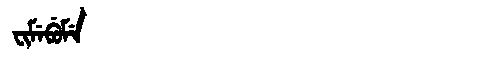
Manchu: ᠸᡳᠮᡝᠪᡠᠮᡝ
Romanization: FIMEBUME